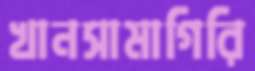
খানসামাগিরি